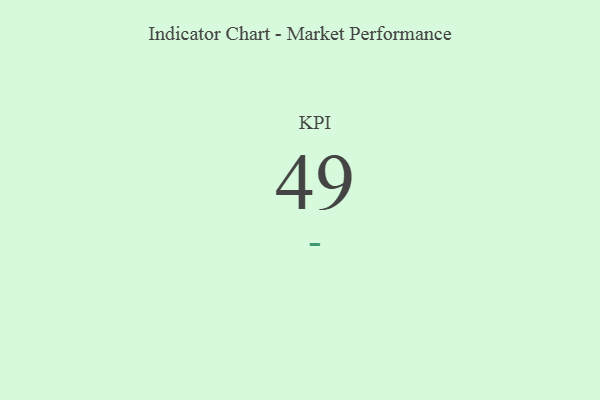
{"axis": {"x": "KPI", "y": "Value"}, "legend": [""], "data": [{"x": "KPI", "y": 49, "type": ""}]}